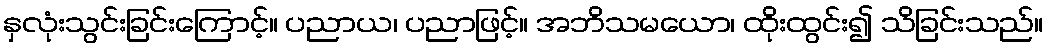
နှလုံးသွင်းခြင်းကြောင့်။ ပညာယ၊ ပညာဖြင့်။ အဘိသမယော၊ ထိုးထွင်း၍ သိခြင်းသည်။